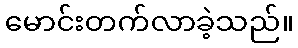
မောင်းတက်လာခဲ့သည်။